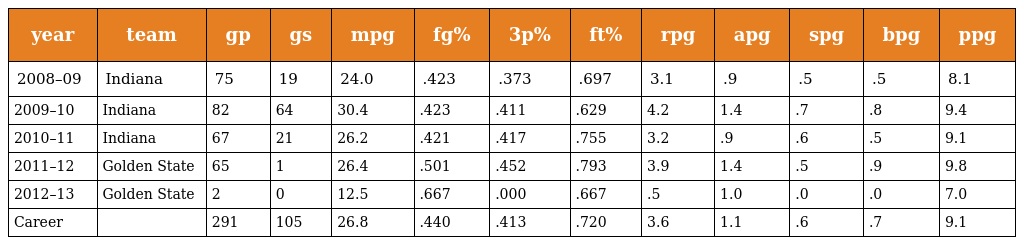
| year | team | gp | gs | mpg | fg% | 3p% | ft% | rpg | apg | spg | bpg | ppg |
 | --- | --- | --- | --- | --- | --- | --- | --- | --- | --- | --- | --- | --- |
 | 2008–09 | Indiana | 75 | 19 | 24.0 | .423 | .373 | .697 | 3.1 | .9 | .5 | .5 | 8.1 |
 | 2009–10 | Indiana | 82 | 64 | 30.4 | .423 | .411 | .629 | 4.2 | 1.4 | .7 | .8 | 9.4 |
 | 2010–11 | Indiana | 67 | 21 | 26.2 | .421 | .417 | .755 | 3.2 | .9 | .6 | .5 | 9.1 |
 | 2011–12 | Golden State | 65 | 1 | 26.4 | .501 | .452 | .793 | 3.9 | 1.4 | .5 | .9 | 9.8 |
 | 2012–13 | Golden State | 2 | 0 | 12.5 | .667 | .000 | .667 | .5 | 1.0 | .0 | .0 | 7.0 |
 | Career |  | 291 | 105 | 26.8 | .440 | .413 | .720 | 3.6 | 1.1 | .6 | .7 | 9.1 |